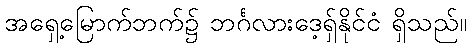
အရှေ့မြောက်ဘက်၌ ဘင်္ဂလားဒေ့ရှ်နိုင်ငံ ရှိသည်။